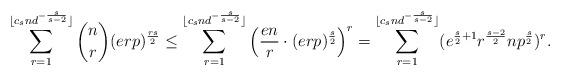
LaTeX: \begin{align*}\sum_{r=1}^{\lfloor c_s n d^{-\frac{s}{s-2}}\rfloor} \binom{n}{r}(erp)^{\frac{rs}{2}}\leq \sum_{r=1}^{\lfloor c_s n d^{-\frac{s}{s-2}}\rfloor} \left(\frac{en}{r}\cdot(erp)^{\frac{s}{2}}\right)^r= \sum_{r=1}^{\lfloor c_s n d^{-\frac{s}{s-2}}\rfloor} (e^{\frac{s}{2}+1}r^{\frac{s-2}{2}}np^{\frac{s}{2}})^r. \end{align*}